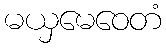
မယှမေဝေတံ